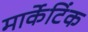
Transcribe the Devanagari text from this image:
मार्केटिंक